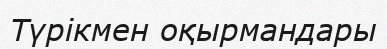
Түрікмен оқырмандары